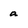
Character: a